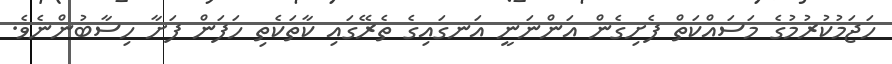
ހަޖަމުކުރުމުގެ މަސައްކަތް ފެށިގެން އަންނަނީ އަނގައިގެ ތެރޭގައި ކާތަކެތި ހަފަން ފަށާ ހިސާބުންނެވެ.